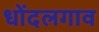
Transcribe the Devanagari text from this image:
धोंदलगाव